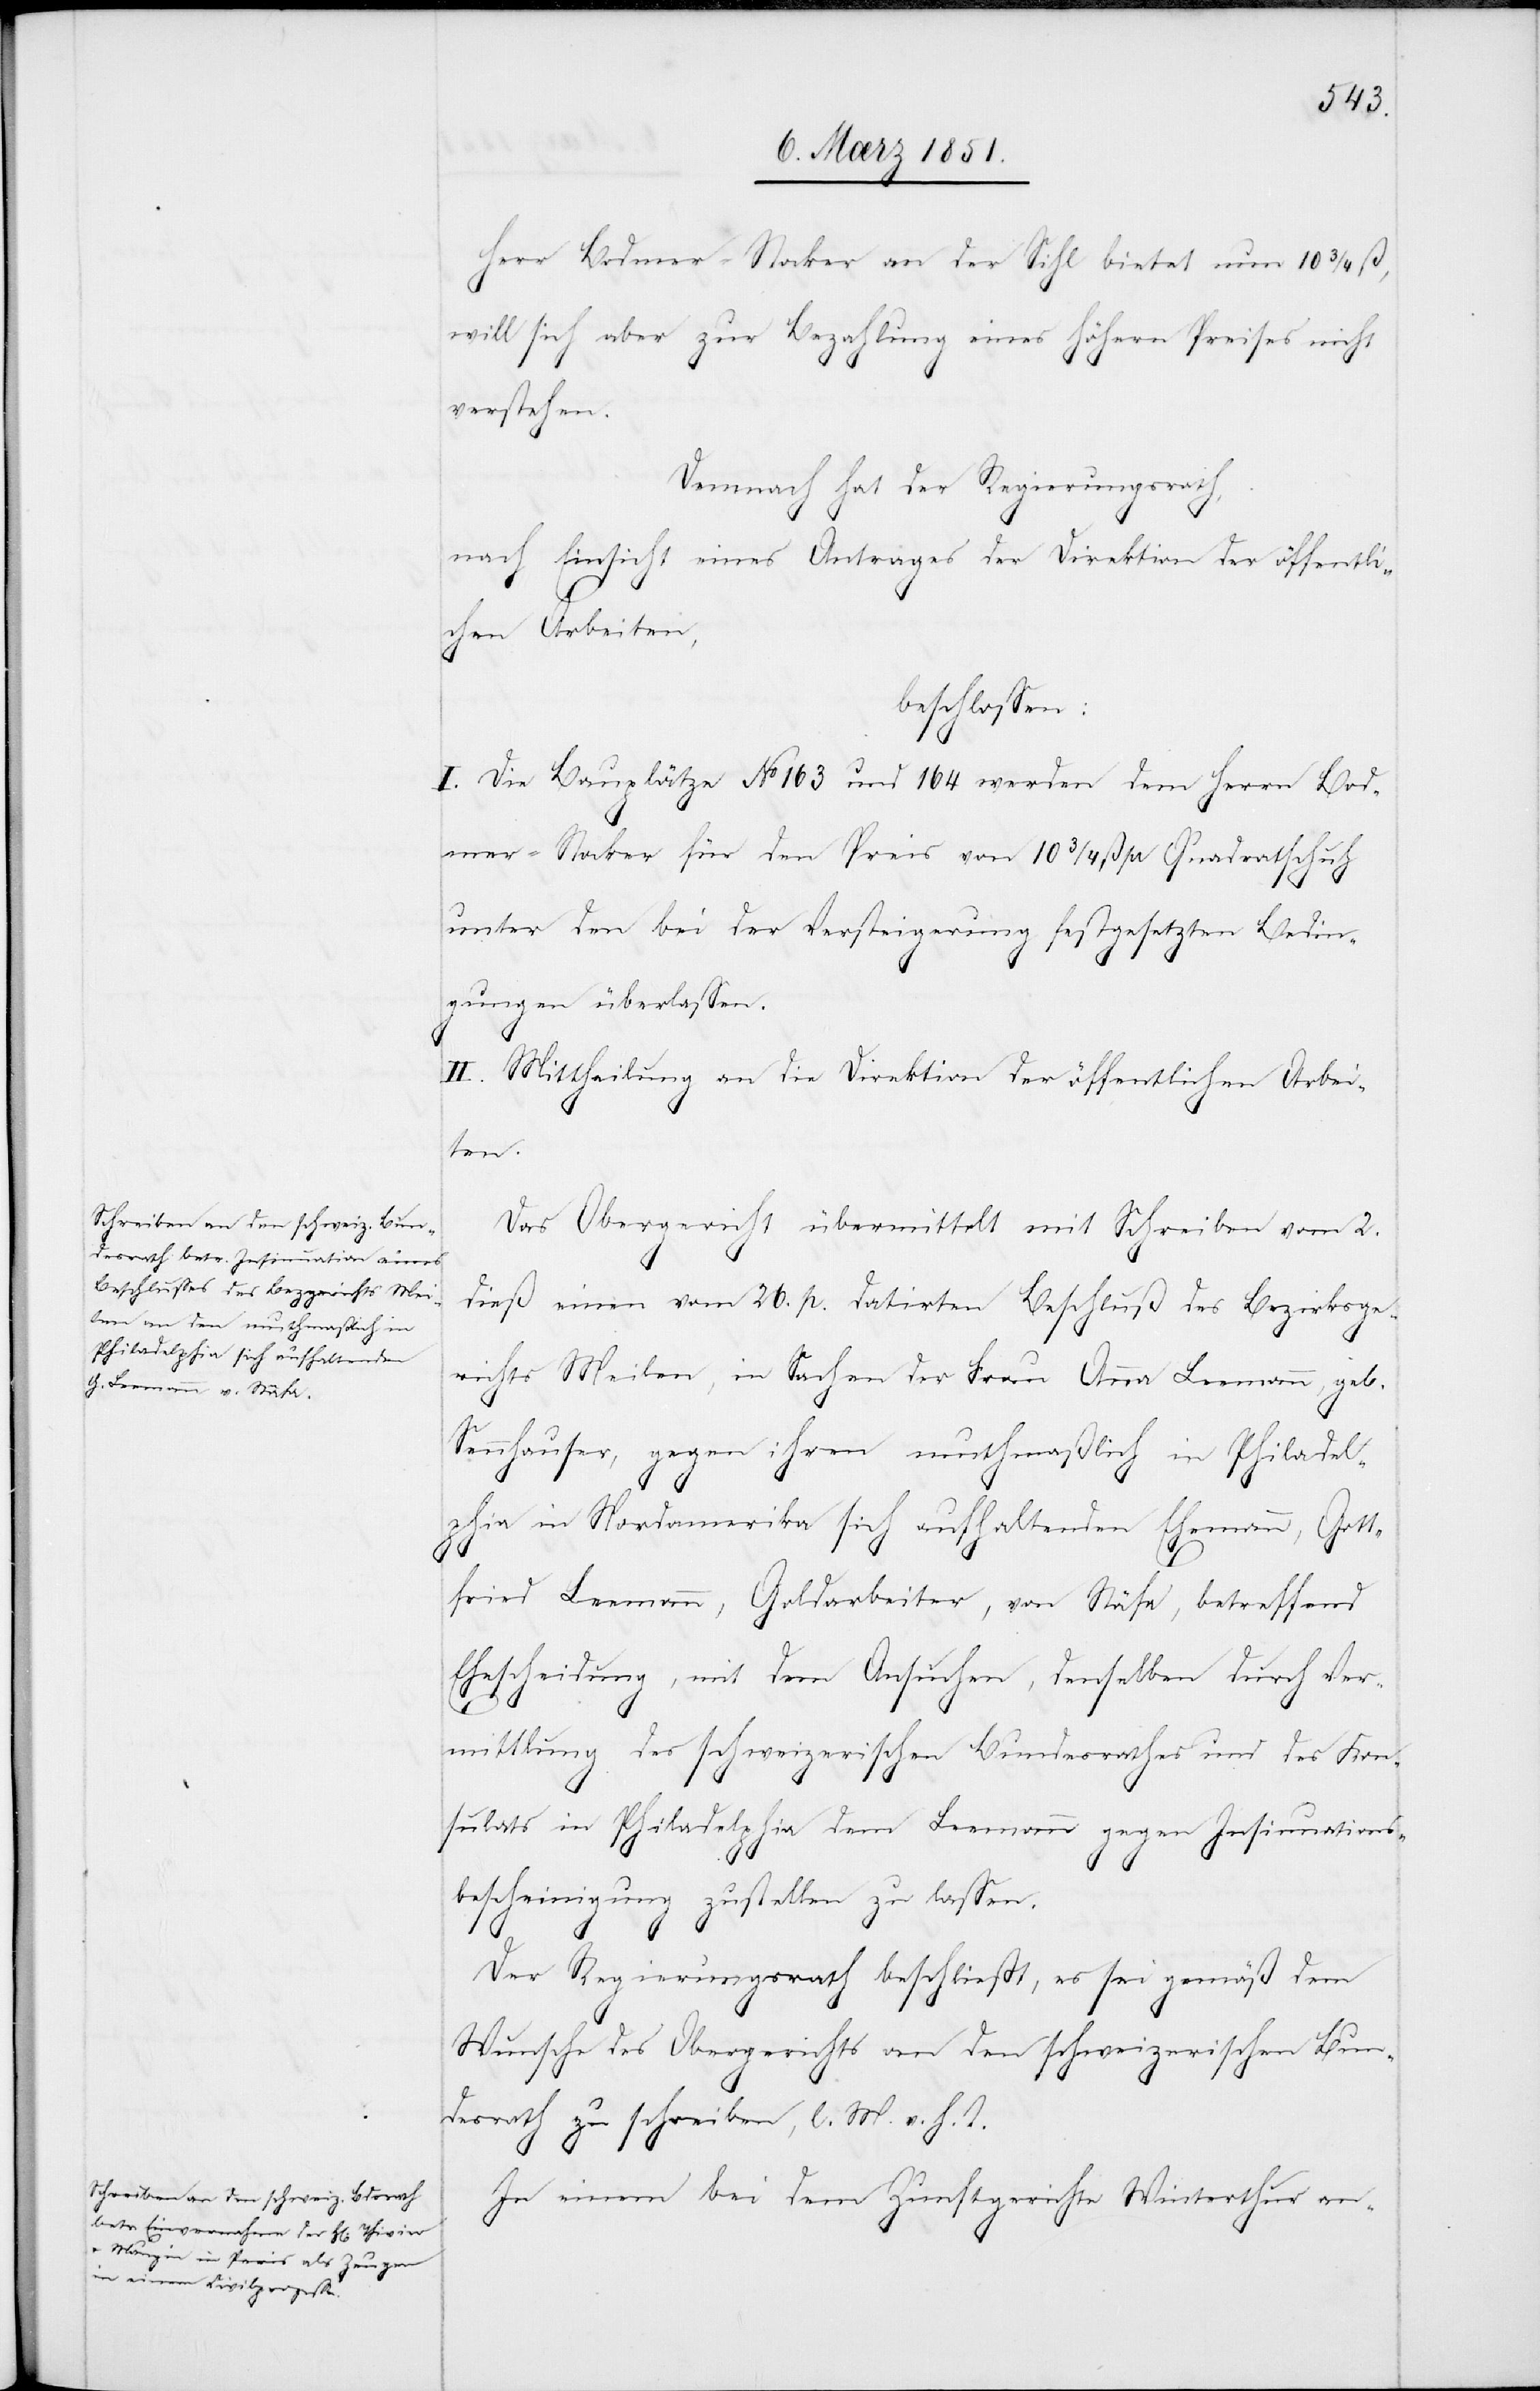
Herr Bodmer-Stocker an der Sihl bietet nun 10 3/4 ß,
will sich aber zur Bezahlung eines höhern Preises nicht
verstehen.
Demnach hat der Regierungsrath,
nach Einsicht eines Antrages der Direktion der öffentli¬
chen Arbeiten,
beschlossen:
I. Die Bauplätze No 163 und 164 werden dem Herrn Bod¬
mer-Stocker für den Preis von 10 3/4 ß pr Quadratschuh
unter den bei der Versteigerung festgesetzten Bedin¬
gungen überlassen.
II. Mittheilung an die Direktion der öffentlichen Arbei¬
ten.
Das Obergericht übermittelt mit Schreiben vom 2.
dieß einen vom 26. p. datirten Beschluß des Bezirksge¬
richts Meilen, in Sachen der Frau Anna Leemann, geb.
Sennhauser, gegen ihren muthmaßlich in Philadel¬
phia in Nordamerika sich aufhaltenden Ehemann, Gott¬
fried Leemann, Goldarbeiter, von Stäfa, betreffend
Ehescheidung, mit dem Ansuchen, denselben durch Ver¬
mittlung des schweizerischen Bundesrathes und des Kon¬
sulats in Philadelphia dem Leemann gegen Insinuations¬
bescheinigung zustellen zu lassen.
Der Regierungsrath beschließt, es sei gemäß dem
Wunsche des Obergerichts an den schweizerischen Bun¬
desrath zu schreiben, l. M. v. h. T.
In einem bei dem Zunftgerichte Winterthur an-